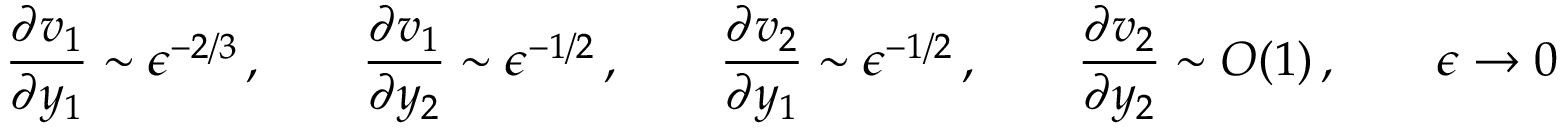
\frac { \partial v _ { 1 } } { \partial y _ { 1 } } \sim \epsilon ^ { - 2 / 3 } \, , \qquad \frac { \partial v _ { 1 } } { \partial y _ { 2 } } \sim \epsilon ^ { - 1 / 2 } \, , \qquad \frac { \partial v _ { 2 } } { \partial y _ { 1 } } \sim \epsilon ^ { - 1 / 2 } \, , \qquad \frac { \partial v _ { 2 } } { \partial y _ { 2 } } \sim O ( 1 ) \, , \qquad \epsilon \to 0